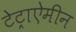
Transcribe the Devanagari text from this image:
टेट्राऐमीन